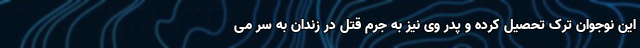
این نوجوان ترک تحصیل کرده و پدر وی نیز به جرم قتل در زندان به سر می